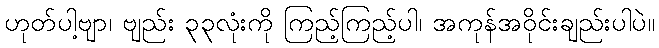
ဟုတ်ပါ့ဗျာ၊ ဗျည်း ၃၃လုံးကို ကြည့်ကြည့်ပါ၊ အကုန်အဝိုင်းချည်းပါပဲ။